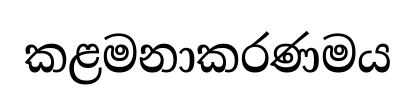
කළමනාකරණමය